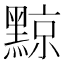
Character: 黥